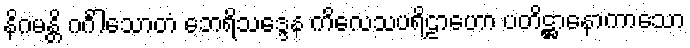
နိဂမန္တိ ဂင်္ဂါသောတံ ဘေရိသဒ္ဒေန ကိလေသပရိဠာဟော ပတိဋ္ဌာနောကာသော